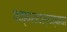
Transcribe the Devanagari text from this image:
पक्षसदस्यत्वाचा